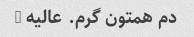
دم همتون گرم. عالیه …